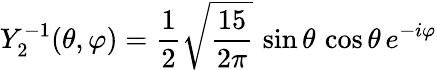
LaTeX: Y_{2}^{-1}(\theta,\varphi)={\frac{1}{2}}{\sqrt{\frac{15}{2\pi}}}\, \sin\theta\, \cos\theta\, e^{-i\varphi}